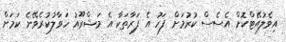
އިވެލުއޭޓްކޮށް އެސެސް ކުރުމަށް ފަހު އެ ފަރާތަކާ އެ މަޝްރޫއު ހަވާލުކުރެވޭނެ ކަމަށް